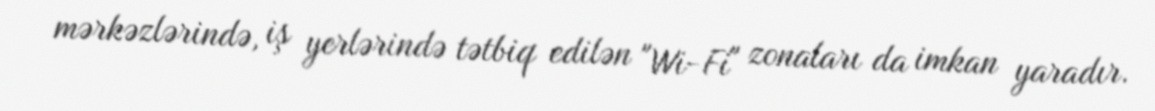
mərkəzlərində, iş yerlərində tətbiq edilən "Wi-Fi" zonaları da imkan yaradır.